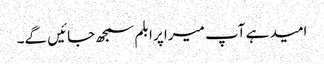
امید ہے آپ میرا پرابلم سمجھ جائیں گے۔